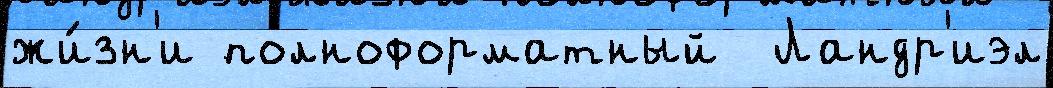
жи́зн'и полноформатный  Ландр'иэл